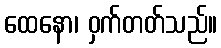
ထေနော၊ ဝှက်တတ်သည်။